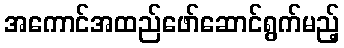
အကောင်အထည်ဖော်ဆောင်ရွက်မည့်